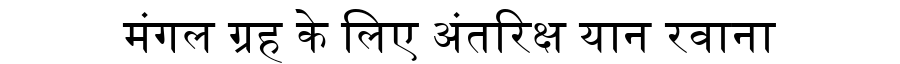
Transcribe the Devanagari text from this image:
मंगल ग्रह के लिए अंतरिक्ष यान रवाना